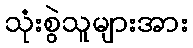
သုံးစွဲသူများအား